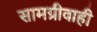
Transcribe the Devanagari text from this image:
सामग्रीवाही